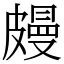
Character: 㿸